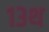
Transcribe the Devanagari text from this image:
१३थ